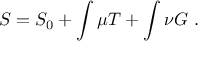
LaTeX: S = S _ { 0 } + \int \mu T + \int \nu G \ .